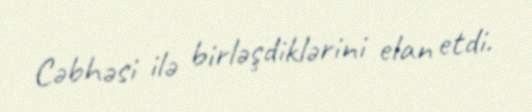
Cəbhəsi ilə birləşdiklərini elan etdi.